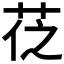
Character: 𦮩